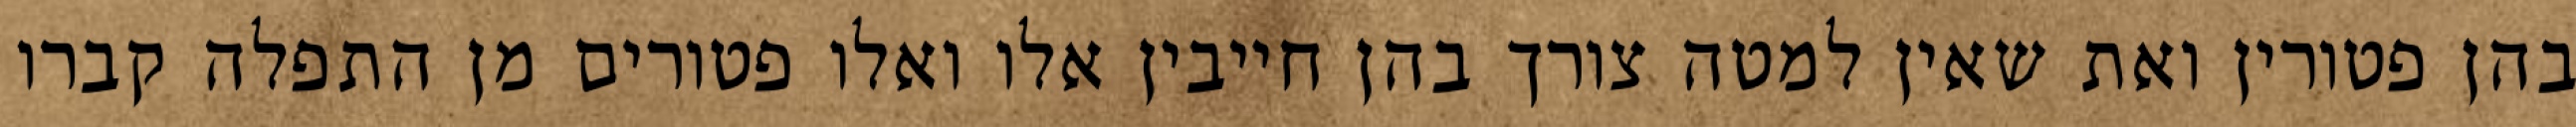
בהן פטורין ואת שאין למטה צורך בהן חייבין אלו ואלו פטורים מן התפלה קברו